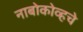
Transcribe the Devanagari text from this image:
नाबोकोव्हचे